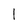
Character: l